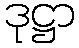
ဒုဋ္ဌာ